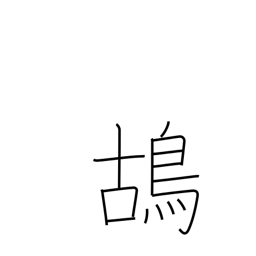
Meaning: partridge